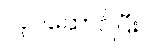
လုပ်ဆောင်ပြီး